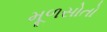
મૂળસોતો